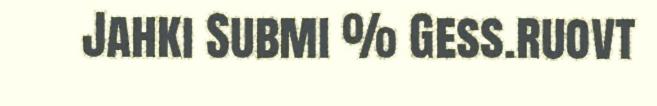
Jahki Submi % Gess.ruovt